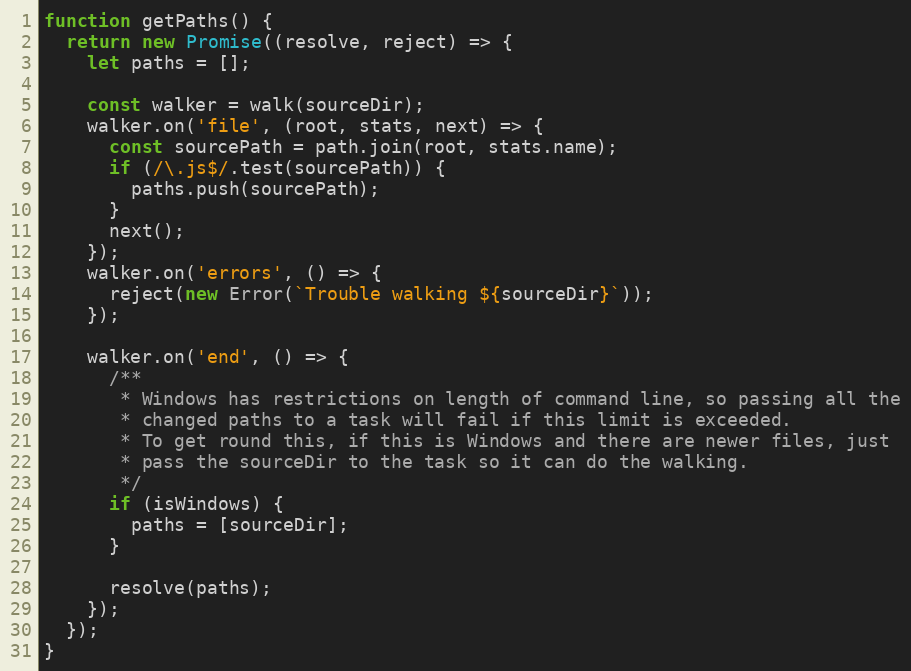
Language: JavaScript
function getPaths() {
  return new Promise((resolve, reject) => {
    let paths = [];

    const walker = walk(sourceDir);
    walker.on('file', (root, stats, next) => {
      const sourcePath = path.join(root, stats.name);
      if (/\.js$/.test(sourcePath)) {
        paths.push(sourcePath);
      }
      next();
    });
    walker.on('errors', () => {
      reject(new Error(`Trouble walking ${sourceDir}`));
    });

    walker.on('end', () => {
      /**
       * Windows has restrictions on length of command line, so passing all the
       * changed paths to a task will fail if this limit is exceeded.
       * To get round this, if this is Windows and there are newer files, just
       * pass the sourceDir to the task so it can do the walking.
       */
      if (isWindows) {
        paths = [sourceDir];
      }

      resolve(paths);
    });
  });
}